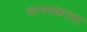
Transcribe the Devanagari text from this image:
जागरुकरता